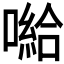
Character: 𱔲